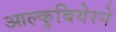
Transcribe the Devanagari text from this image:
आल्कुबियेरने